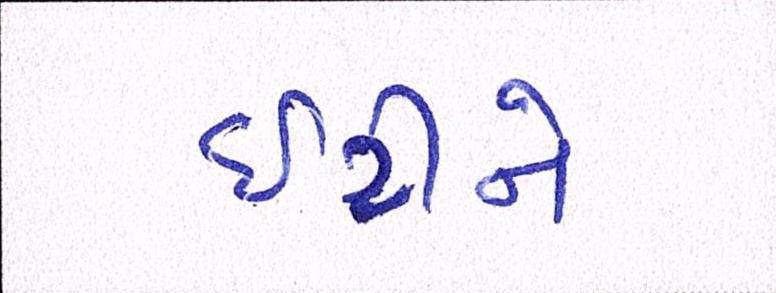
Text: ઇટીને